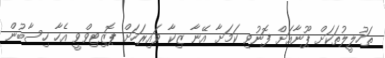
ތަހުލީލުތަކަށް ޕޫނާއަށް ފޮނުވި ކަމަށާ އޭނާ ޒިކާ ވައިރަހަށް ޕޮޒިޓިވްވީ އެހާ ހިސާބުން